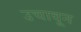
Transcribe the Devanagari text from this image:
उचावून